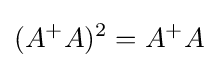
(A^{+}A)^{2}=A^{+}A